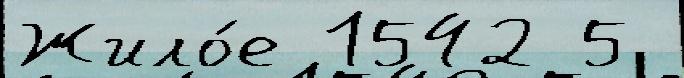
Жило́е 1542 5